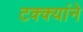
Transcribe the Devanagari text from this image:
टक्क्यांने